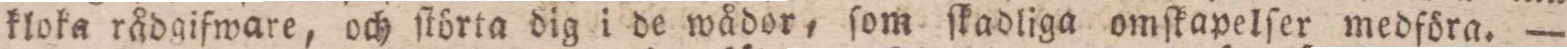
kloka rådgifware, och ſtörta dig i de wådor, ſom ſkadliga omſkapelſer medföra. —